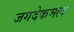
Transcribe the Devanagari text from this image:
जगदेकमल